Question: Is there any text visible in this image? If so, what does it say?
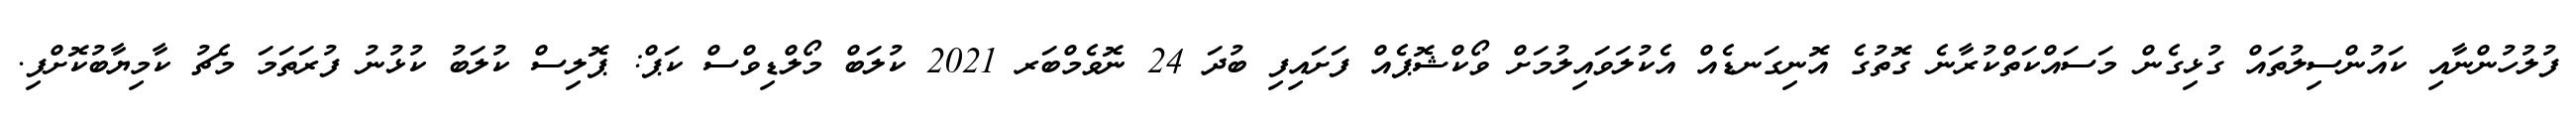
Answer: ފުލުހުންނާއި ކައުންސިލުތައް ގުޅިގެން މަސައްކަތްކުރާނެ ގޮތުގެ އޮނިގަނޑެއް އެކުލަވައިލުމަށް ވޯކްޝޮޕެއް ފަށައިފި ބުދަ 24 ނޮވެމްބަރ 2021 ކުލަބް މޯލްޑިވްސް ކަޕް: ޕޮލިސް ކުލަބު ކުޅުނު ފުރަތަމަ މެޗު ކާމިޔާބުކޮށްފި.